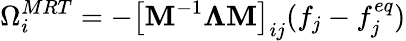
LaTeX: \Omega_{i}^{MRT}=-\left[\mathbf{M}^{-1}\mathbf{\Lambda}\mathbf{M}\right]_{ij}(f_{j}-f_{j}^{eq})